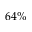
6 4 \%